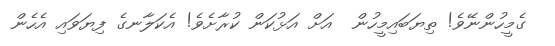
ގެމީހުންނޭވެ! ތިޔަބައިމީހުން  އަށް އަޅުކަން ކުރާށެވެ! އެކަލާނގެ ފިޔަވައި އެހެން